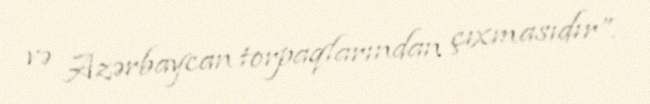
və Azərbaycan torpaqlarından çıxmasıdır”.